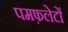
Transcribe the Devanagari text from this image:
पमफ़लेटों